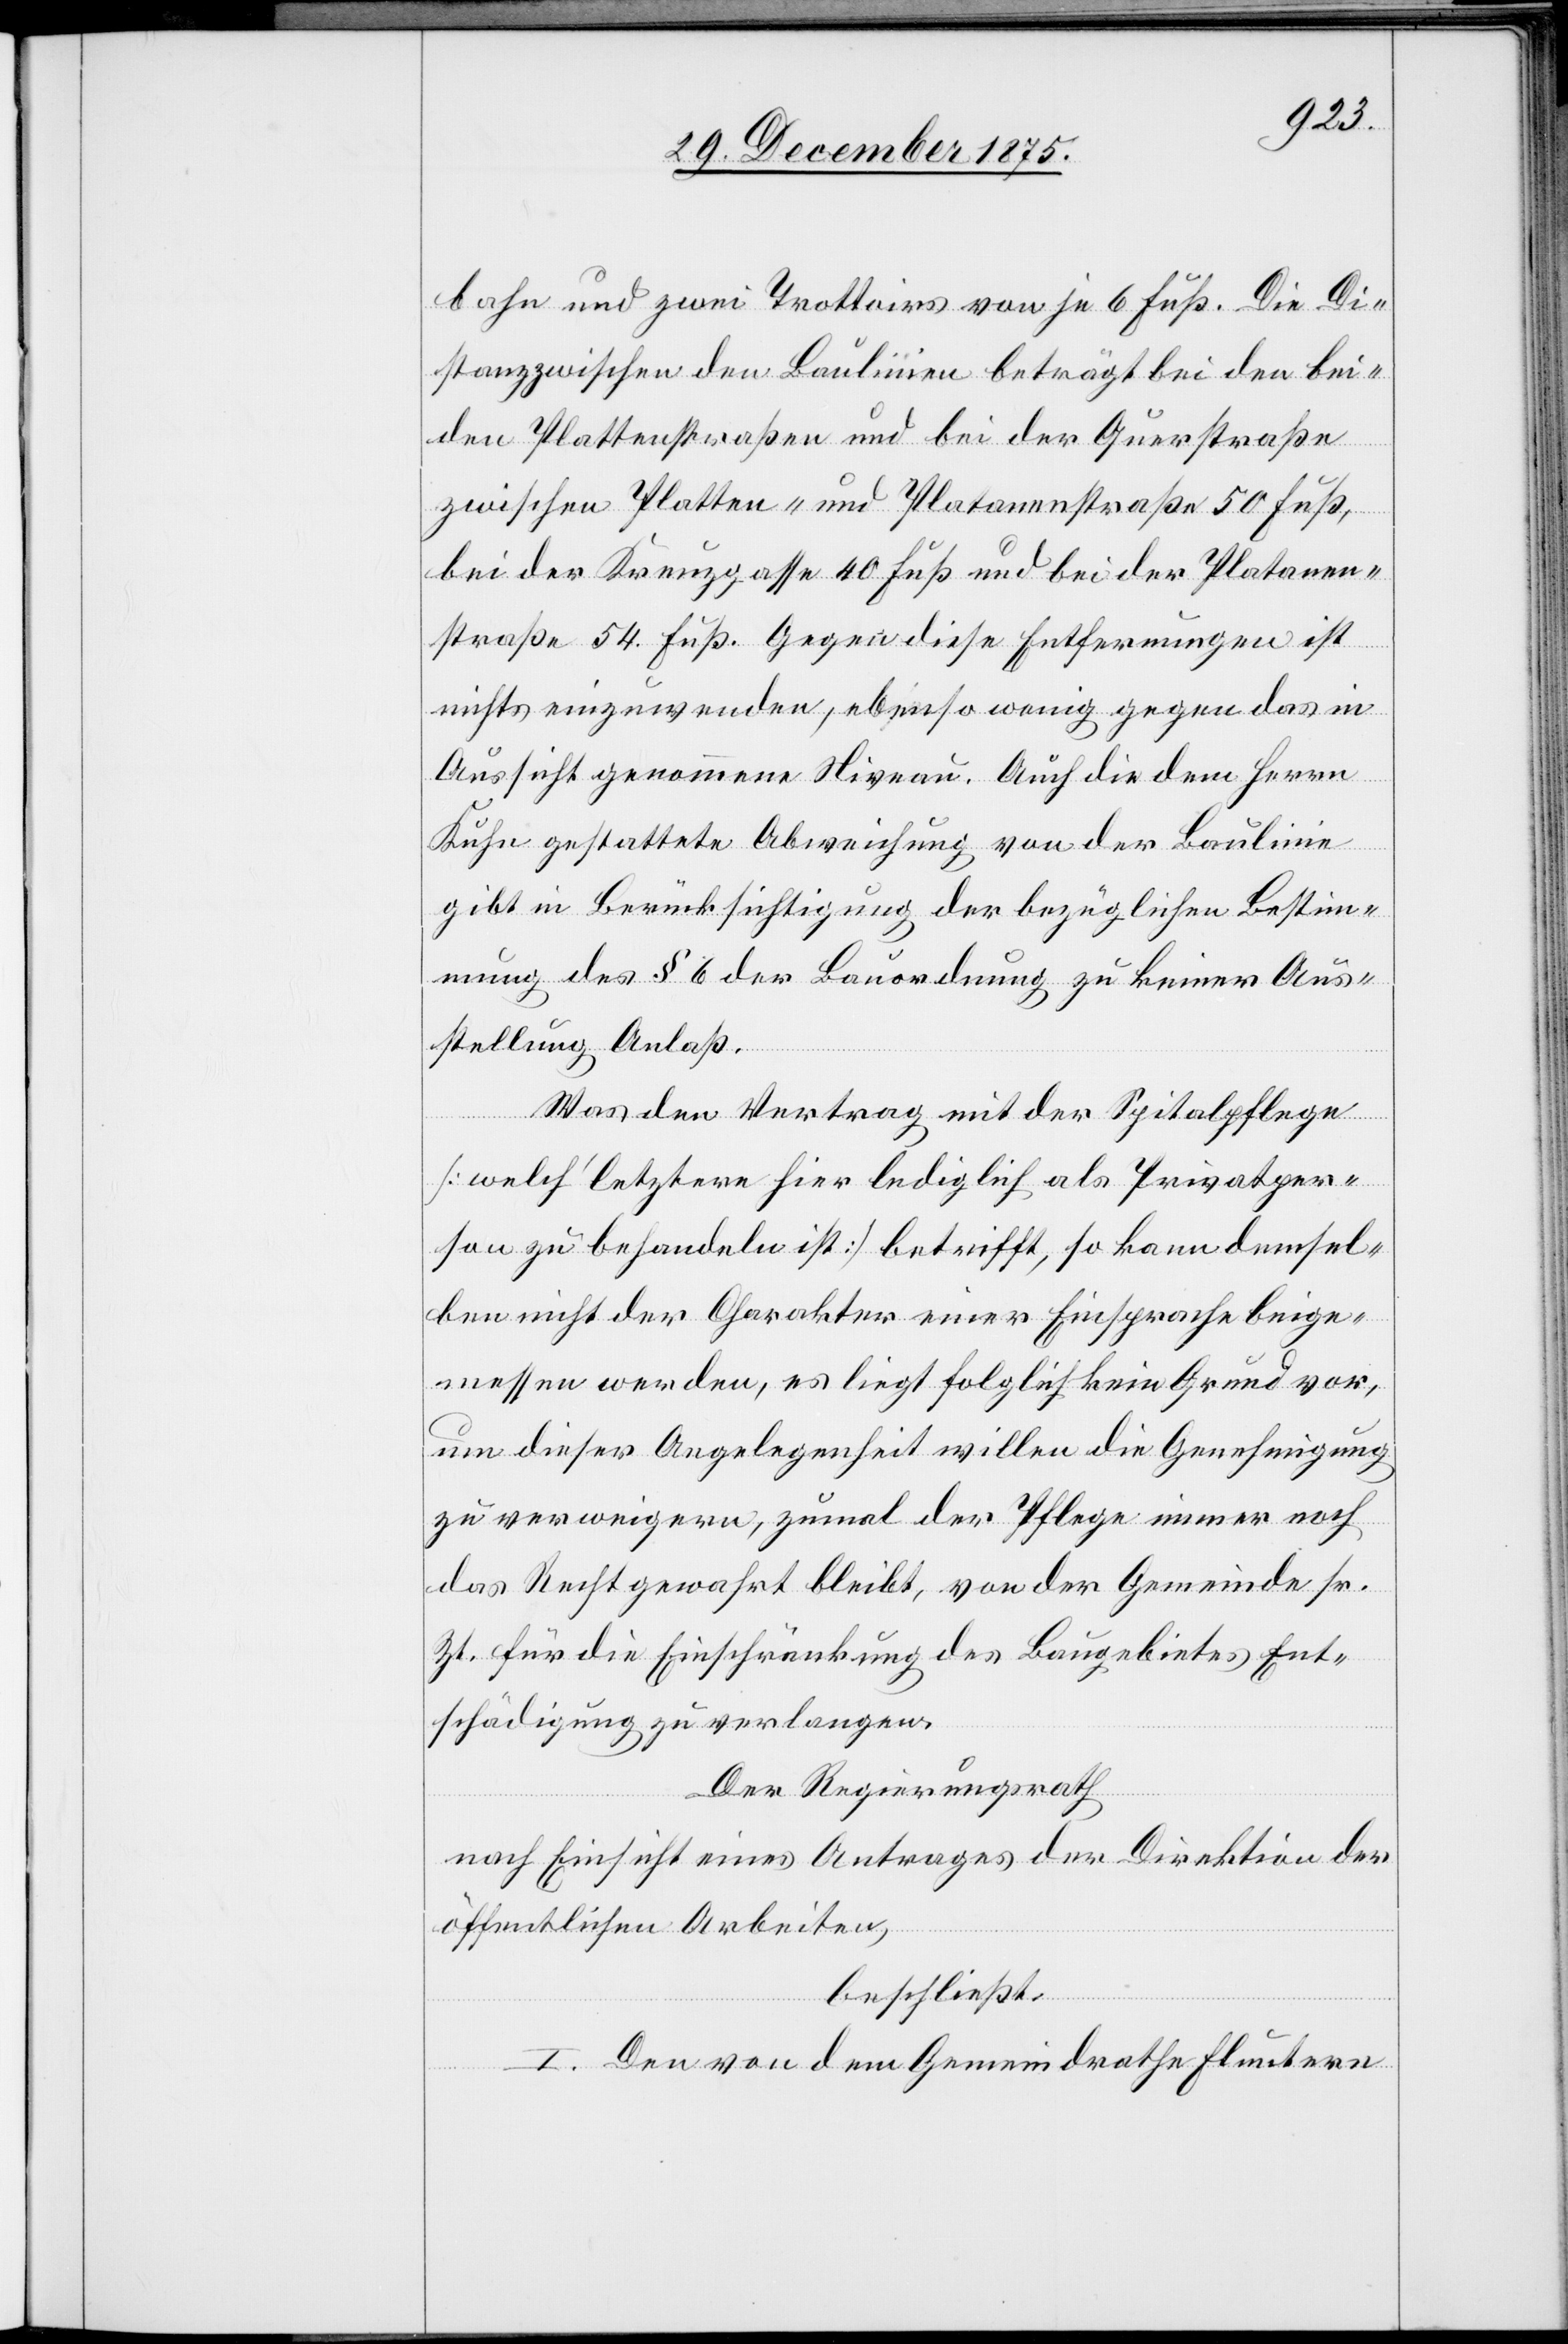
bahn und zwei Trottoirs von je 6 Fuß. Die Di¬
stanz zwischen den Baulinien beträgt bei den bei¬
den Plattenstraßen und bei der Querstraße
zwischen Platten- und Platanenstraße 50 Fuß,
bei der Kreuzgasse 40 Fuß und bei der Platanen¬
straße 54 Fuß. Gegen diese Entfernungen ist
nichts einzuwenden, ebenso wenig gegen das in
Aussicht genommene Niveau. Auch die dem Herrn
Kuhn gestattete Abweichung von der Baulinie
gibt in Berücksichtigung der bezüglichen Bestim¬
mung des § 6 der Bauordnung zu keiner Aus¬
stellung Anlaß.
Was den Vertrag mit der Spitalpflege
[welch‘ letztere hier lediglich als Privatper¬
son zu behandeln ist] betrifft, so kann demsel¬
ben nicht der Charakter einer Einsprache beige¬
messen werden, es liegt folglich kein Grund vor,
um dieser Angelegenheit willen die Genehmigung
zu verweigern, zumal der Pflege immer noch
das Recht gewahrt bleibt, von der Gemeinde sr.
Zt. für die Einschränkung des Baugebietes Ent¬
schädigung zu verlangen.
Der Regierungsrath,
nach Einsicht eines Antrages der Direktion der
öffentlichen Arbeiten,
beschließt:
I. Den von dem Gemeindrathe Fluntern